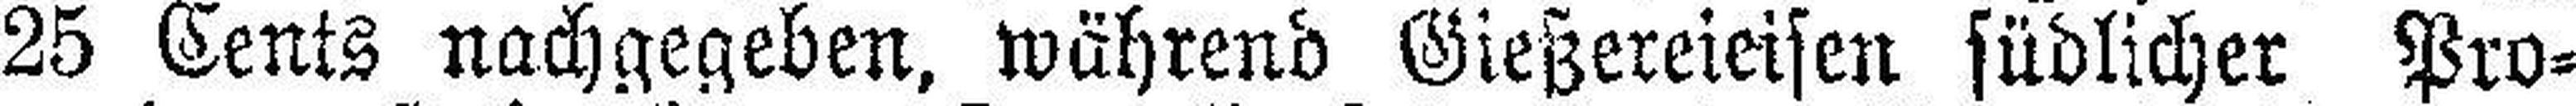
25 Cents nachgegeben, während Gießereieisen südlicher Pro¬